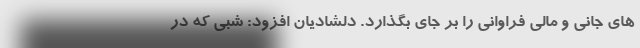
های جانی و مالی فراوانی را بر جای بگذارد. دلشادیان افزود: شبی که در